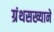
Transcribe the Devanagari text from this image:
ग्रंथसख्याने